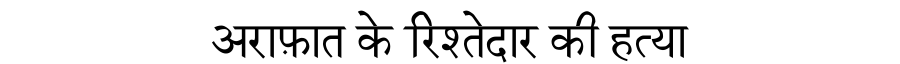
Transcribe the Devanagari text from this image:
अराफ़ात के रिश्तेदार की हत्या